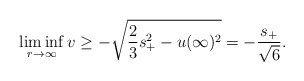
\begin{align*}\liminf_{r\to \infty} v \geq -\sqrt{\frac{2}{3}s_+^2 - u(\infty)^2} = -\frac{s_+}{\sqrt{6}}.\end{align*}